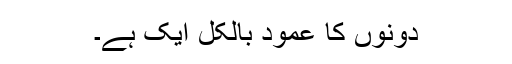
دونوں کا عمود بالکل ایک ہے۔